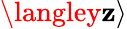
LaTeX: \langley\mathbf{z}\rangle